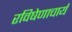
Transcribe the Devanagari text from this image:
रविषेणाचार्य